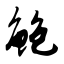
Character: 鲍